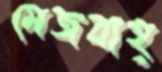
মেজবাহ্